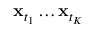
\mathbf { x } _ { t _ { 1 } } \ldots \mathbf { x } _ { t _ { K } }